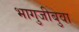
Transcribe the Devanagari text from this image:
भागुजीबुवा